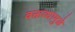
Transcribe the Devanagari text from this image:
वक्तव्यामुळे